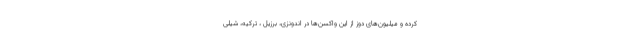
کرده و میلیون‌های دوز از این واکسن‌ها در اندونزی، برزیل ، ترکیه، شیلی